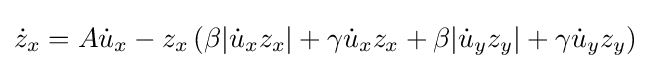
{\dot {z}}_{x}=A{\dot {u}}_{x}-z_{x}\left(\beta |{\dot {u}}_{x}z_{x}|+\gamma {\dot {u}}_{x}z_{x}+\beta |{\dot {u}}_{y}z_{y}|+\gamma {\dot {u}}_{y}z_{y}\right)